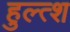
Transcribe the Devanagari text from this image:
हुल्त्श